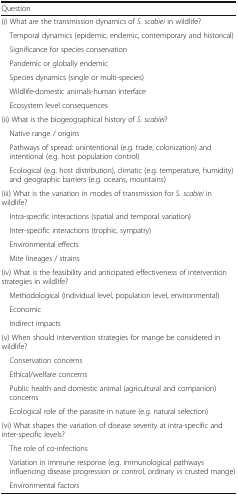
<table><thead><tr><td colspan="2"><b>Question</b></td></tr></thead><tbody><tr><td colspan="2">(i) What are the transmission dynamics of <i>S. scabiei</i> in wildlife?</td></tr><tr><td colspan="2"> Temporal dynamics (epidemic, endemic, contemporary and historical)</td></tr><tr><td colspan="2"> Significance for species conservation</td></tr><tr><td colspan="2"> Pandemic or globally endemic</td></tr><tr><td colspan="2"> Species dynamics (single or multi-species)</td></tr><tr><td colspan="2"> Wildlife-domestic animals-human interface</td></tr><tr><td colspan="2"> Ecosystem level consequences</td></tr><tr><td colspan="2">(ii) What is the biogeographical history of <i>S. scabiei</i>?</td></tr><tr><td colspan="2"> Native range / origins</td></tr><tr><td colspan="2"> Pathways of spread: unintentional (e.g. trade, colonization) and intentional (e.g. host population control)</td></tr><tr><td colspan="2"> Ecological (e.g. host distribution), climatic (e.g. temperature, humidity) and geographic barriers (e.g. oceans, mountains)</td></tr><tr><td colspan="2">(iii) What is the variation in modes of transmission for <i>S. scabiei</i> in wildlife?</td></tr><tr><td colspan="2"> Intra-specific interactions (spatial and temporal variation)</td></tr><tr><td colspan="2"> Inter-specific interactions (trophic, sympatry)</td></tr><tr><td colspan="2"> Environmental effects</td></tr><tr><td colspan="2"> Mite lineages / strains</td></tr><tr><td colspan="2">(iv) What is the feasibility and anticipated effectiveness of intervention strategies in wildlife?</td></tr><tr><td colspan="2"> Methodological (individual level, population level, environmental)</td></tr><tr><td colspan="2"> Economic</td></tr><tr><td colspan="2"> Indirect impacts</td></tr><tr><td colspan="2">(v) When should intervention strategies for mange be considered in wildlife?</td></tr><tr><td colspan="2"> Conservation concerns</td></tr><tr><td colspan="2"> Ethical/welfare concerns</td></tr><tr><td colspan="2"> Public health and domestic animal (agricultural and companion) concerns</td></tr><tr><td colspan="2"> Ecological role of the parasite in nature (e.g. natural selection)</td></tr><tr><td colspan="2">(vi) What shapes the variation of disease severity at intra-specific and inter-specific levels?</td></tr><tr><td colspan="2"> The role of co-infections</td></tr><tr><td colspan="2"> Variation in immune response (e.g. immunological pathways influencing disease progression or control, ordinary <i>vs</i> crusted mange)</td></tr><tr><td colspan="2"> Environmental factors</td></tr></tbody></table>